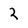
Character: 2